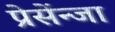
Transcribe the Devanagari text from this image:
प्रेसेंन्जा